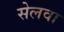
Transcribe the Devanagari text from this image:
सेलवा